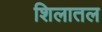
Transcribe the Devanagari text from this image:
शिलातल